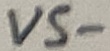
Text: VS-